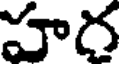
హర